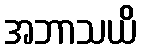
အဘာသယိ